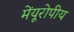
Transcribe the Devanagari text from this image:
मेंयूरोपीय